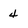
Character: 4